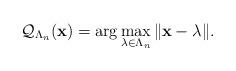
LaTeX: \begin{align*}\mathcal Q_{\Lambda_n}(\mathbf x) = \arg \max_{\lambda \in \Lambda_n} \|\mathbf x -\lambda\|.\end{align*}